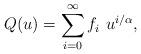
LaTeX: \begin{align*}Q(u)=\sum_{i=0}^{\infty} f_i\,\,u^{i/\alpha},\end{align*}